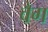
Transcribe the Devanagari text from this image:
वैग